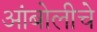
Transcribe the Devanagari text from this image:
आंबोलीचे